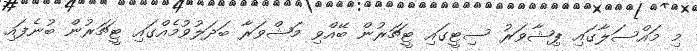
މި މައްސަލާގައި ޕިޝާވަރު ސިޓީގައި ޓީޗަރުން ބޭއްވި މަޝްވަރާ ބަދަލުވުމެއްގައި ޓީޗަރުން ބުނެފައި